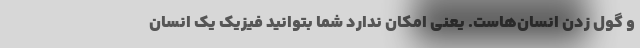
و گول زدن انسان‌هاست. یعنی امکان ندارد شما بتوانید فیزیک یک انسان